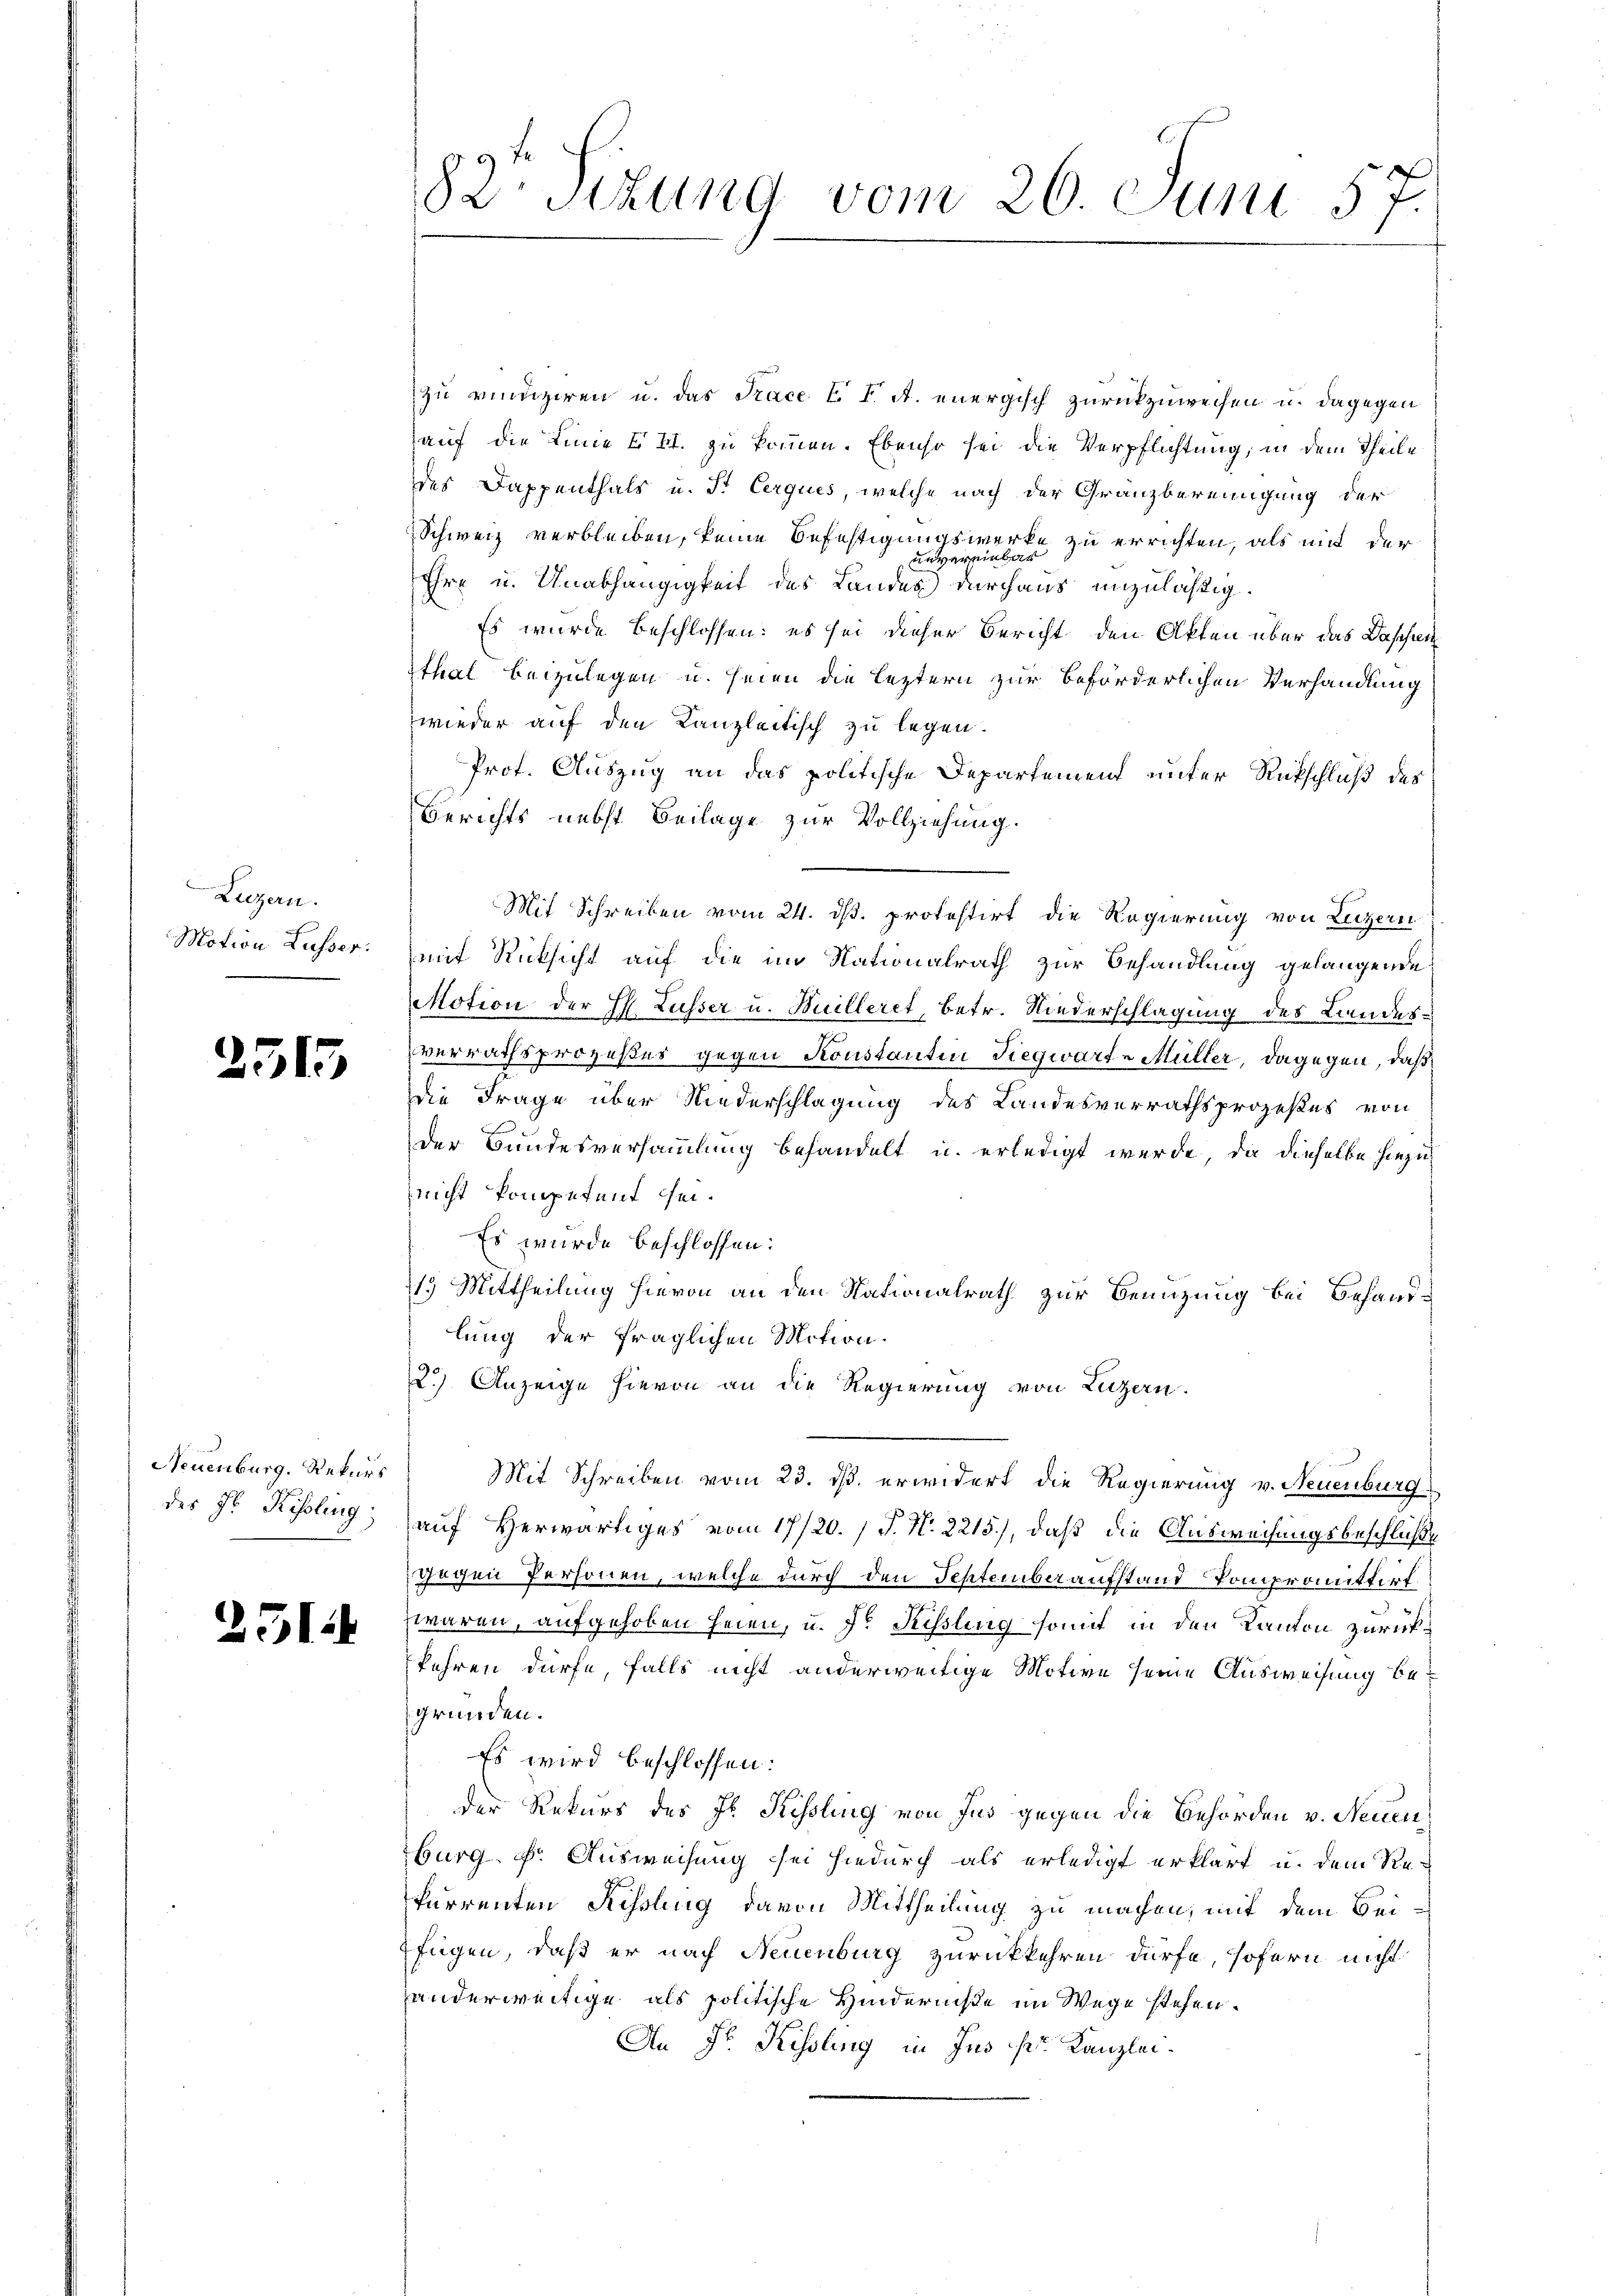
Luzern.

Neuenburg, Rekurs

2515

251.

zu vindiziren u. das Trace I. I. A. energisch zurückzuweisen u. dagegen
auf die Linie III. zu kommen. Ebenso sei die Verpflichtung, in dem Theile
des Dappenthals u. St. Cerques, welche nach der Gränzbereinigung der
Schweiz verbleiben, keine Befestigungswerke zu errichten, als mit der
Ehre u. Unabhängigkeit des Landes durchaus unzuläßig.
Es wurde beschlossen: es sei dieser Bericht den Akten über das Dassen
tthal beizulegen u. seien die leztern zur beförderlichen Verhandlung
wieder auf den Kanzleitisch zu legen.
Prot. Auszug an das politische Departement unter Rückschluß des
Berichts nebst Beilage zur Vollziehung.
Mit Schreiben vom 24. ds. protestirt die Regierung von Luzern
Motion Lusser: mit Rücksicht auf die im Nationalrath zur Behandlung gelangende
Motion der H. Lusser u. Huilleret, betr. Niederschlagung des Landesverrathsprozeßes gegen Konstantin Siegwarte Müller, dagegen, daß
die Frage über Niederschlagung des Landesverrathsprozeßes von
der Bundesversammlung behandelt u. erledigt werde, da dieselbe hiezu
nicht kompetent sei.
Es wurde beschlossen:
1.) Mittheilung hievon an den Nationalrath zur Benuzung bei Behauslung der fraglichen Motion.
2.) Anzeige hievon an die Regierung von Luzern.
Mit Schreiben vom 23. ds. erwidert die Regierung v. Neuenburg
des Hr. Kisling auf Herwärtiges vom 17/20. / J. N. 2215), daß die Ausweisungsbeschlüße
gegen Personen, welche durch den September aufstand Kompromittorf.
waren, aufgehoben heien, u. dr Sissling somit in den Kanton zurückkehren dürfe, falls nicht anderweitige Motive seine Ausweisung begründen.
Es wird beschlossen:
Der Rekurs des J. Kessling von Jus gegen die Behörden v. Neuen
burg. Dr. Ausweisung sei hiedurch als erledigt erklärt u. dem Refurrenten Rissling davon Mittheilung zu machen, mit dem Beifügen, daß er nach Neuenburg zurückkehren dürfe, sofern nicht
anderweitige als politische Hinderniße im Wege stehen.
An Fr. Kissling in Jus pr. Kanzlei.

82 stung vom 26. Juni 57.